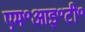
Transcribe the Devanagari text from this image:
एम॰आइ॰टी॰